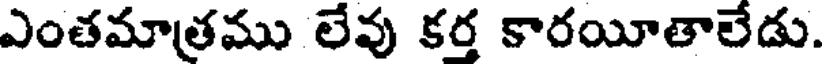
ఎంతమాత్రము లేవు కర్త కారయీతాలేడు.